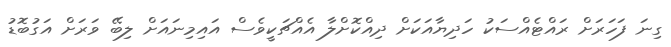
ގިނަ ފަހަރަށް ރައްޓެއްސަކު ހަދިޔާއަކަށް ދިއްކޮށްލާ އެއްޗަކީވެސް އައިމިނައަށް ލިބޭ ވަރަށް އަގުބޮޑު